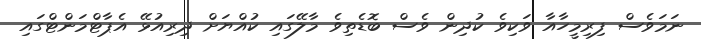
ނަމަވެސް ފިރިމީހާއާ ވަކިވެ ކުދިން ވެސް ބޮޑެތިވެ މާލޭގައި ކުއްޔަށް ދިރިއުޅޭ އެޕާޓްމަންޓްގައި